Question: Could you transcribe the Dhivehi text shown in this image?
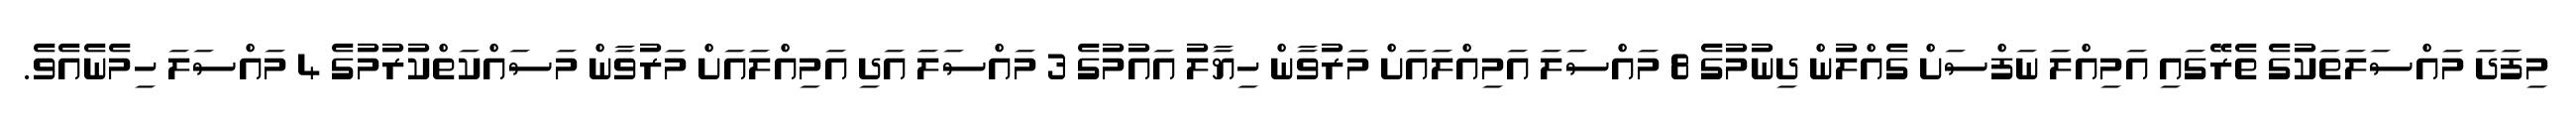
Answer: މިފަދަ މައްސަލަތަކުގެ ތެރޭގައި އަމިއްލަ ނަފްސަށް ގެއްލުން ދިނުމުގެ 8 މައްސަލަ އަމިއްލައަށް މަރުވާން ހިޔާލު އައުމުގެ 3 މައްސަލަ އަދި އަމިއްލައަށް މަރުވާން މަސައްކަތްކުރުމުގެ 4 މައްސަލަ ހިމެނެއެވެ.